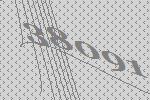
38091